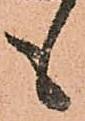
も